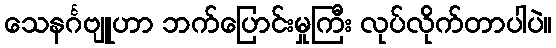
သေနင်္ဂဗျူဟာ ဘက်ပြောင်းမှုကြီး လုပ်လိုက်တာပါပဲ။